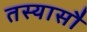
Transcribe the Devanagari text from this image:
तस्यासौ